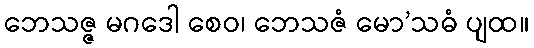
ဘေသဇ္ဇ မဂဒေါ စေဝ၊ ဘေသဇံ မော’သဓံ ပျထ။